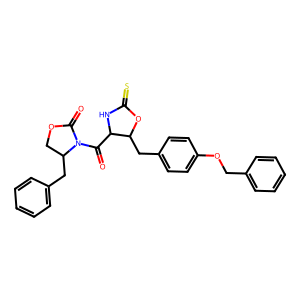
SMILES: O=C1OCC(Cc2ccccc2)N1C(=O)C1NC(=S)OC1Cc1ccc(OCc2ccccc2)cc1
Inhibits HIV replication: No